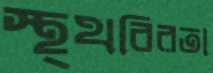
স্থ্থবিরতা